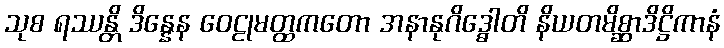
သုစ ရဿန္တိ ဒိန္နေန ဝေဠုမတ္ထကတော အနာနုဂိဒ္ဓေါတိ နိယတမိစ္ဆာဒိဋ္ဌိကာနံ